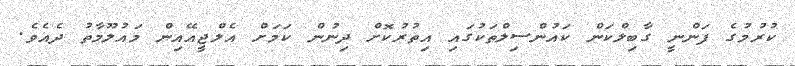
ކުރުމުގެ ފަންނީ ގާބިލްކަން ކައުންސިލްތަކުގައި އިތުރުކޮށް ދިނުން ކަމަށް އެލްޖީއޭއިން މައުލޫމާތު ދެއެވެ.